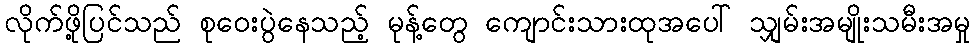
လိုက်ဖို့ပြင်သည် စုဝေးပွဲနေသည့် မုန့်တွေ ကျောင်းသားထုအပေါ် သျှမ်းအမျိုးသမီးအမှု